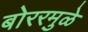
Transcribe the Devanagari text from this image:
बोररमुळे